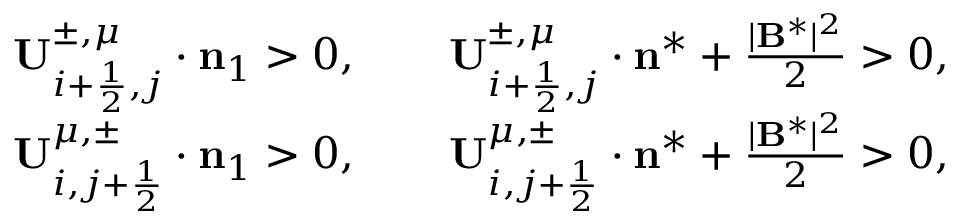
\begin{array} { r } { \mathbf { U } _ { i + \frac { 1 } { 2 } , j } ^ { \pm , \mu } \cdot { \bf n } _ { 1 } > 0 , \qquad \mathbf { U } _ { i + \frac { 1 } { 2 } , j } ^ { \pm , \mu } \cdot \mathbf { n } ^ { * } + \frac { | \mathbf { B } ^ { * } | ^ { 2 } } { 2 } > 0 , } \\ { \mathbf { U } _ { i , j + \frac { 1 } { 2 } } ^ { \mu , \pm } \cdot { \bf n } _ { 1 } > 0 , \qquad \mathbf { U } _ { i , j + \frac { 1 } { 2 } } ^ { \mu , \pm } \cdot \mathbf { n } ^ { * } + \frac { | \mathbf { B } ^ { * } | ^ { 2 } } { 2 } > 0 , } \end{array}